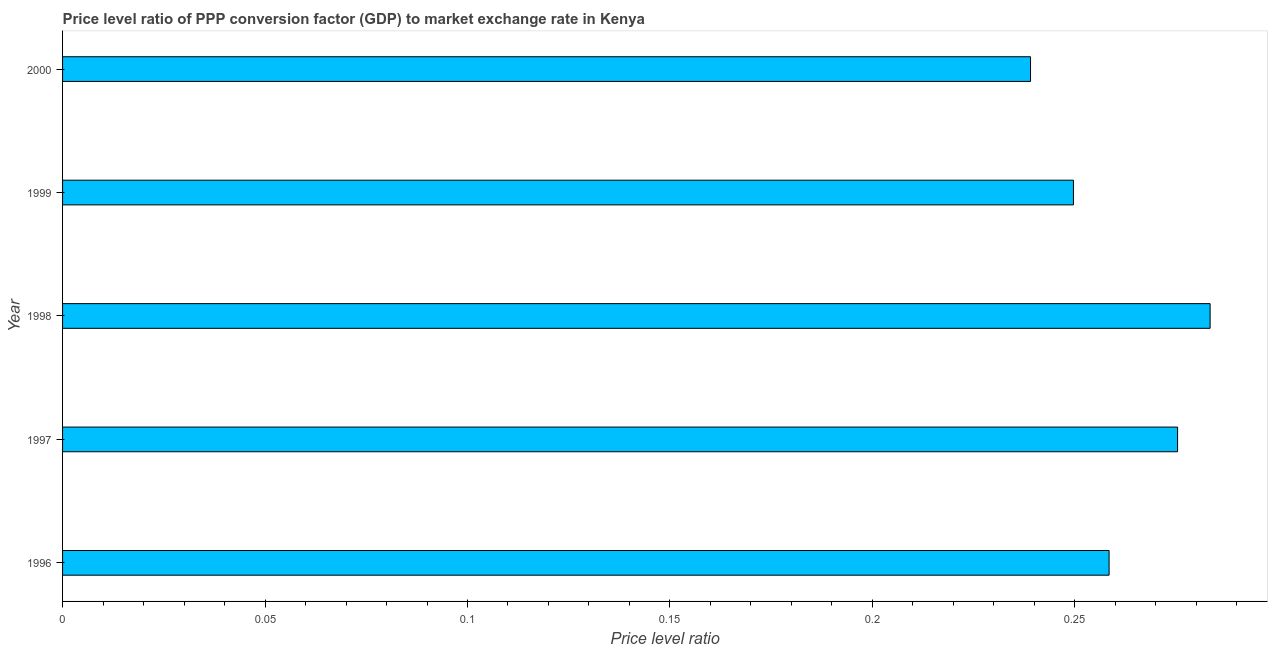
| Year | Price level ratio |
 | --- | --- |
 | 1996 | 0.258 |
 | 1997 | 0.275 |
 | 1998 | 0.283 |
 | 1999 | 0.25 |
 | 2000 | 0.239 |